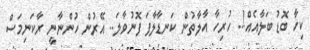
ކިހާ ބޮޑު ބަލާއެއް!.. ހުރިހާ އާލާތުން ކަނޑާލާފަ ފޮނުވާލަ.. އޭރުން ހުންނާނީ ރާކަނިމަސް